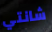
شانتي